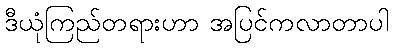
ဒီယုံကြည်တရားဟာ အပြင်ကလာတာပါ